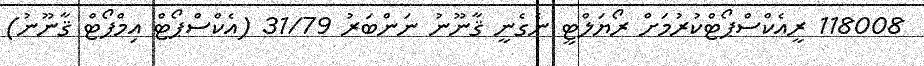
118008 ރީއެކްސްޕޯޓްކުރުމަށް ރޯޔަލްޓީ ނެގެނީ ޤާނޫނު ނަންބަރު 31/79 (އެކްސްޕޯޓް އިމްޕޯޓް ޤާނޫނު)